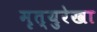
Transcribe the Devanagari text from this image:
मृत्युरेखा